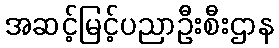
အဆင့်မြင့်ပညာဦးစီးဌာန